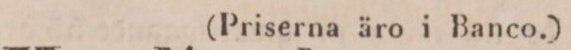
(Priserna äro i Banco.)